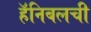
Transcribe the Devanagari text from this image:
हॅनिबलची